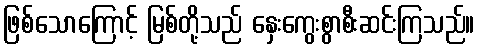
ဖြစ်သောကြောင့် မြစ်တို့သည် နှေးကွေးစွာစီးဆင်းကြသည်။